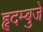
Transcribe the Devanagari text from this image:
हृदम्बुजे